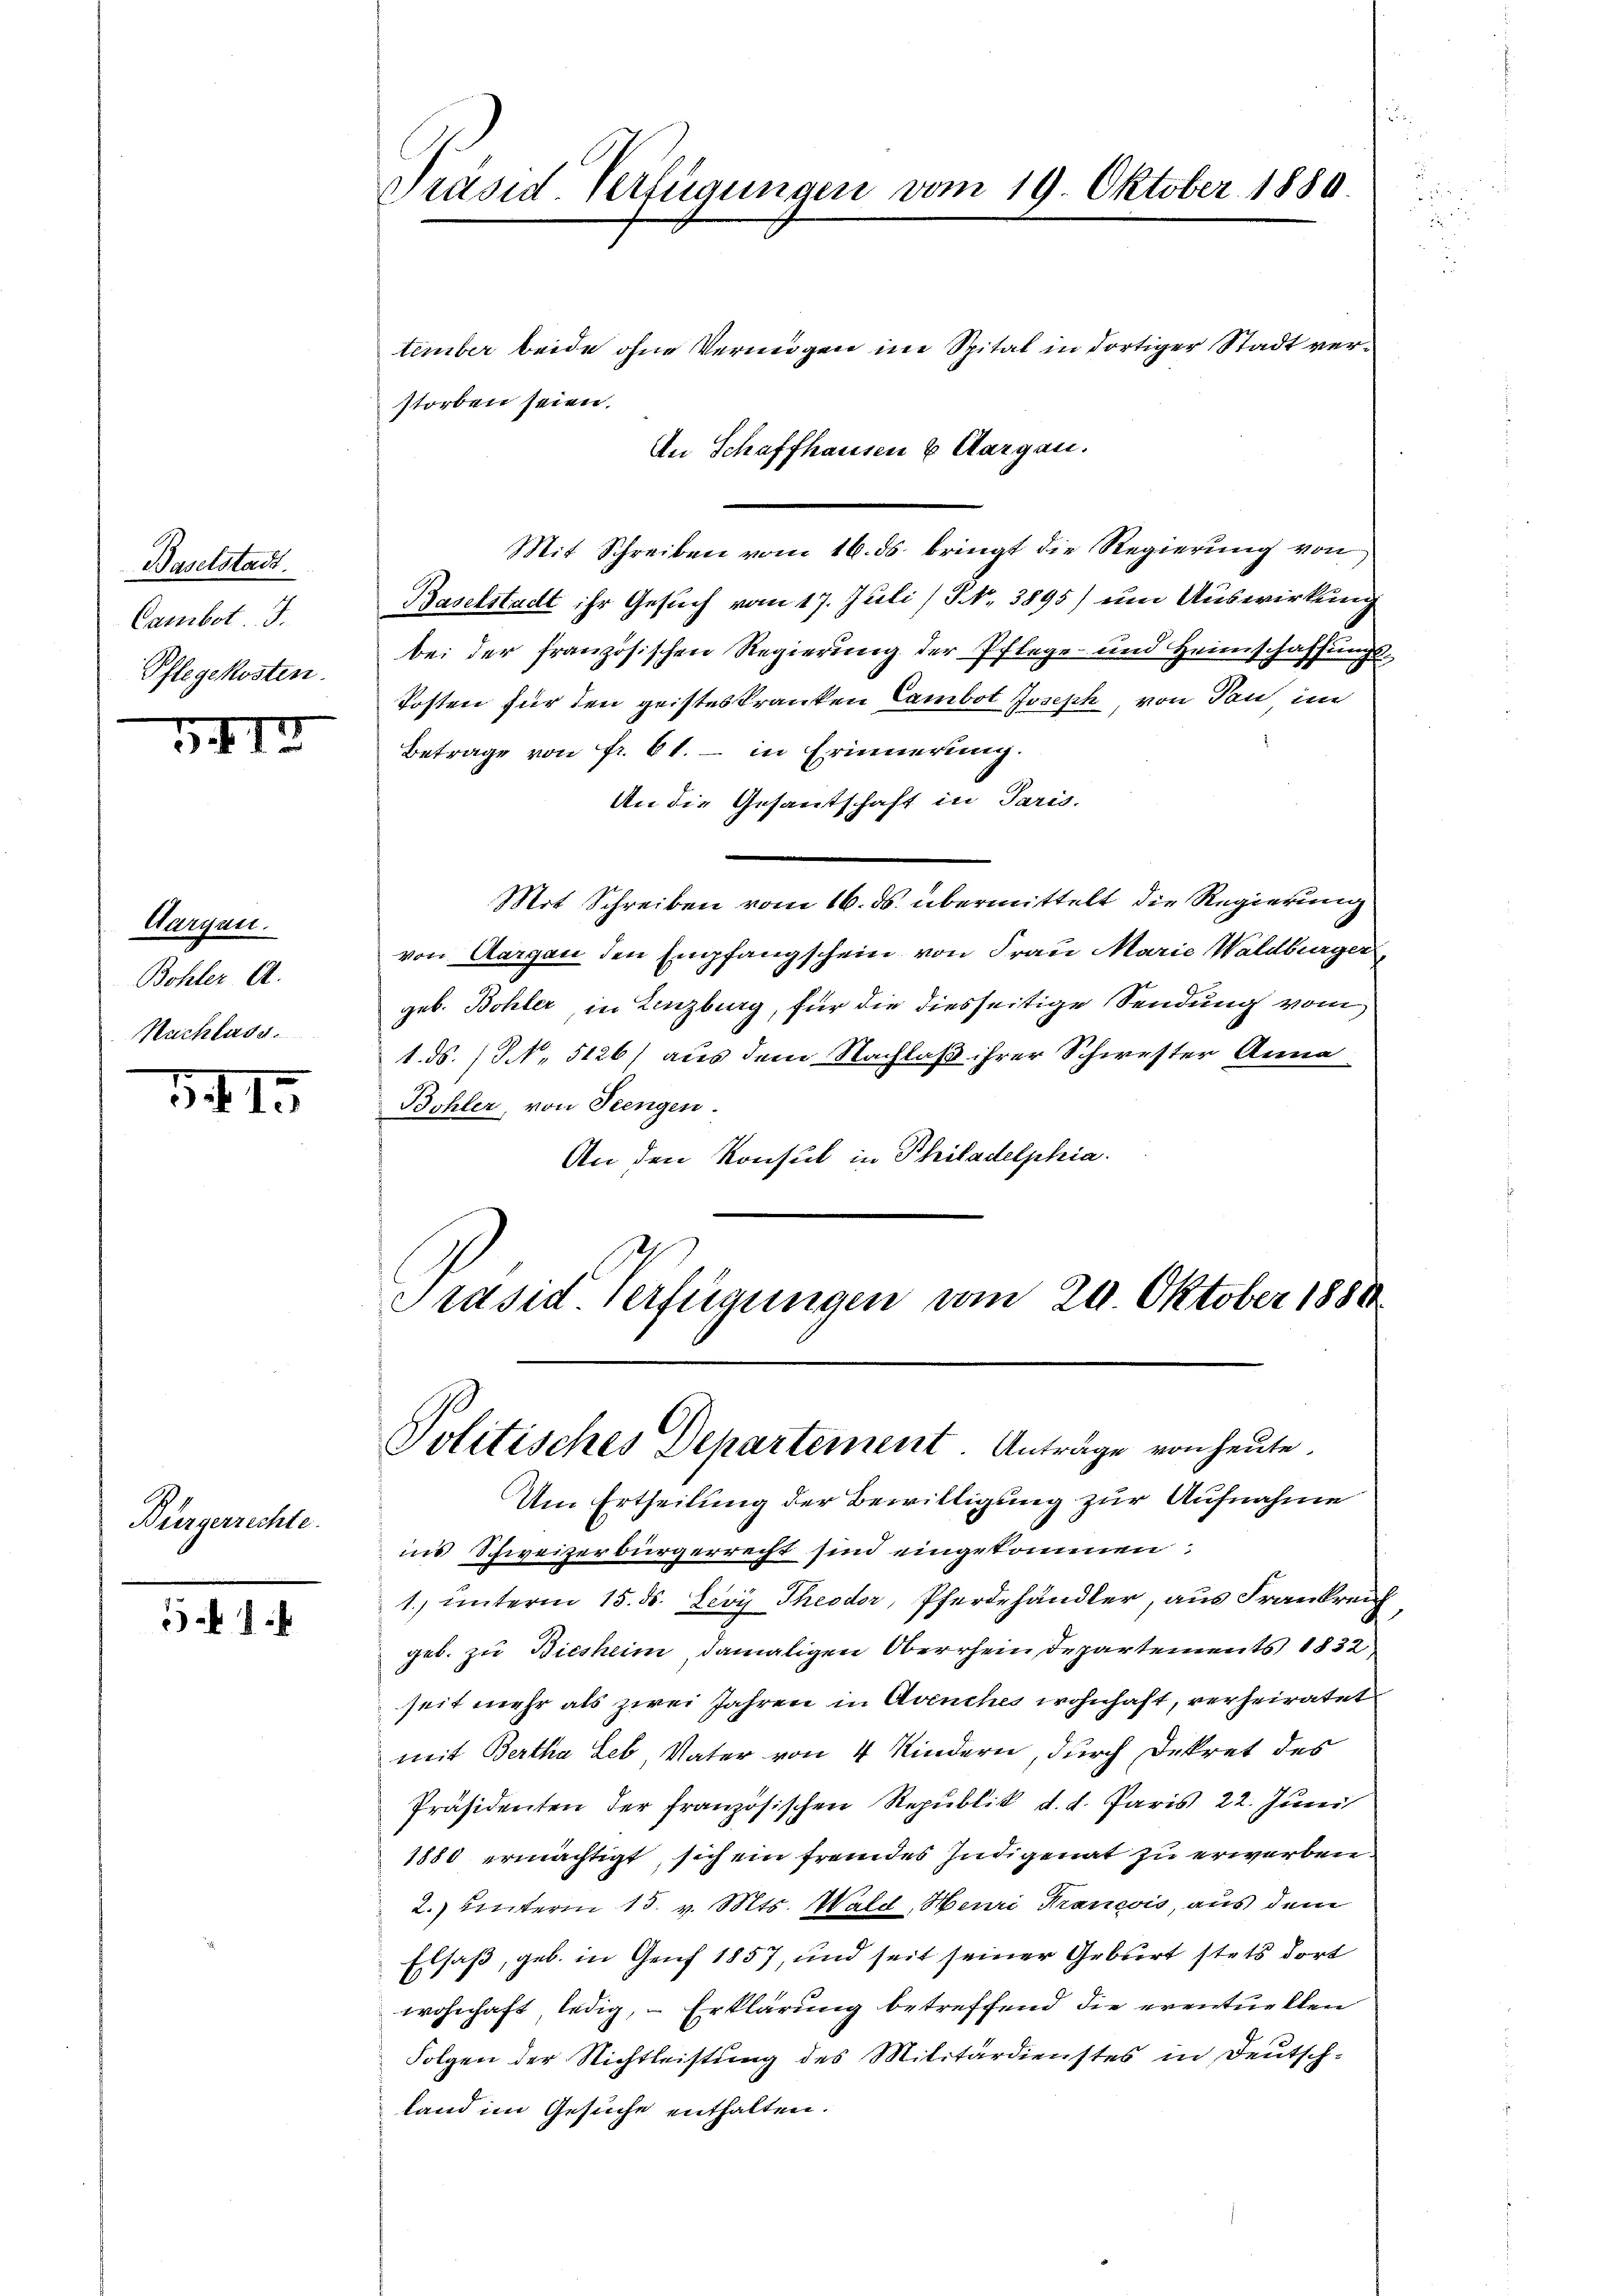
Baselstadt.
Cambot. I.
Pflegekosten.

317

Aargau.
Bohler A.
Nachlass

341.

Bürgerrechte.

Präsid. Verfügungen vom 19. Oktober 1880.

tember beide ohne Vermögen im Spital in dortiger Stadt verstorben seien.
An Schaffhausen & Aargau.
Mit Schreiben vom 16. ds. bringt die Regierŭng von
Baselstadt ihr Gesuch vom 17. Juli/ N. 3895) um Auswirkung
bei der französischen Regierung der Pflege und Heimschaffungs¬
Posten für den geisteskranken Cambot Joseph, von Ton im
Betrage von fr. 61. - in Erinnerung.
An die Gesantschaft in Paris.
Mit Schreiben vom 16. ds. übermittelt die Regierung
von Aargau den Empfangschein von Frau Marie Waldburger
geb. Bohler in Lenzburg, für die diesseitige Sendung vom
1. ds. (N. 5126) aus dem Nachlaß ihrer Schwester Anna
Bohler, von Seengen.
An den Konsul in Philadelphia.
Präsid Verfügungen vom 20. Oktober 1884

Politisches Departement. Anträge von heute.

Um Ertheilung der Bewilligung zur Aufnahme
ins Schweizerbürgerrecht sind eingekommen:
1. unterm 15. ds. Levy Theodor, Pferdehändler, aus Frankreich
geb. zu Biesheim damaligen Oberrhein Departements 1832,
seit mehr als zwei Jahren in Avenches wohnhaft, verheiratet
mit Bertha Leb, Vater von 4 Kindern, durch Dekret des
Präsidenten der französischen Republik d. d. Paris 22. Juni
1880 ermächtigt, sich ein fremdes Indigenat zu erwerben.
2.) Unterm 15. v. Mts. Wald, Heuri Francois, aus dem
Elsaß, geb. in Genf 1857, und seit seiner Geburt stets dort
wohnhaft, ledig, – Erklärung betreffend die eventuellen
Folgen der Nichtleistung des Militärdienstes in Deutschland im Gesuche enthalten.